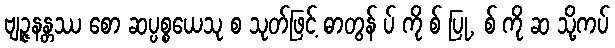
ဗျဉ္ဇနန္တဿ စော ဆပ္ပစ္စယေသု စ သုတ်ဖြင့် ဓာတွန် ပ် ကို စ် ပြု, စ် ကို ဆ သို့ကပ်